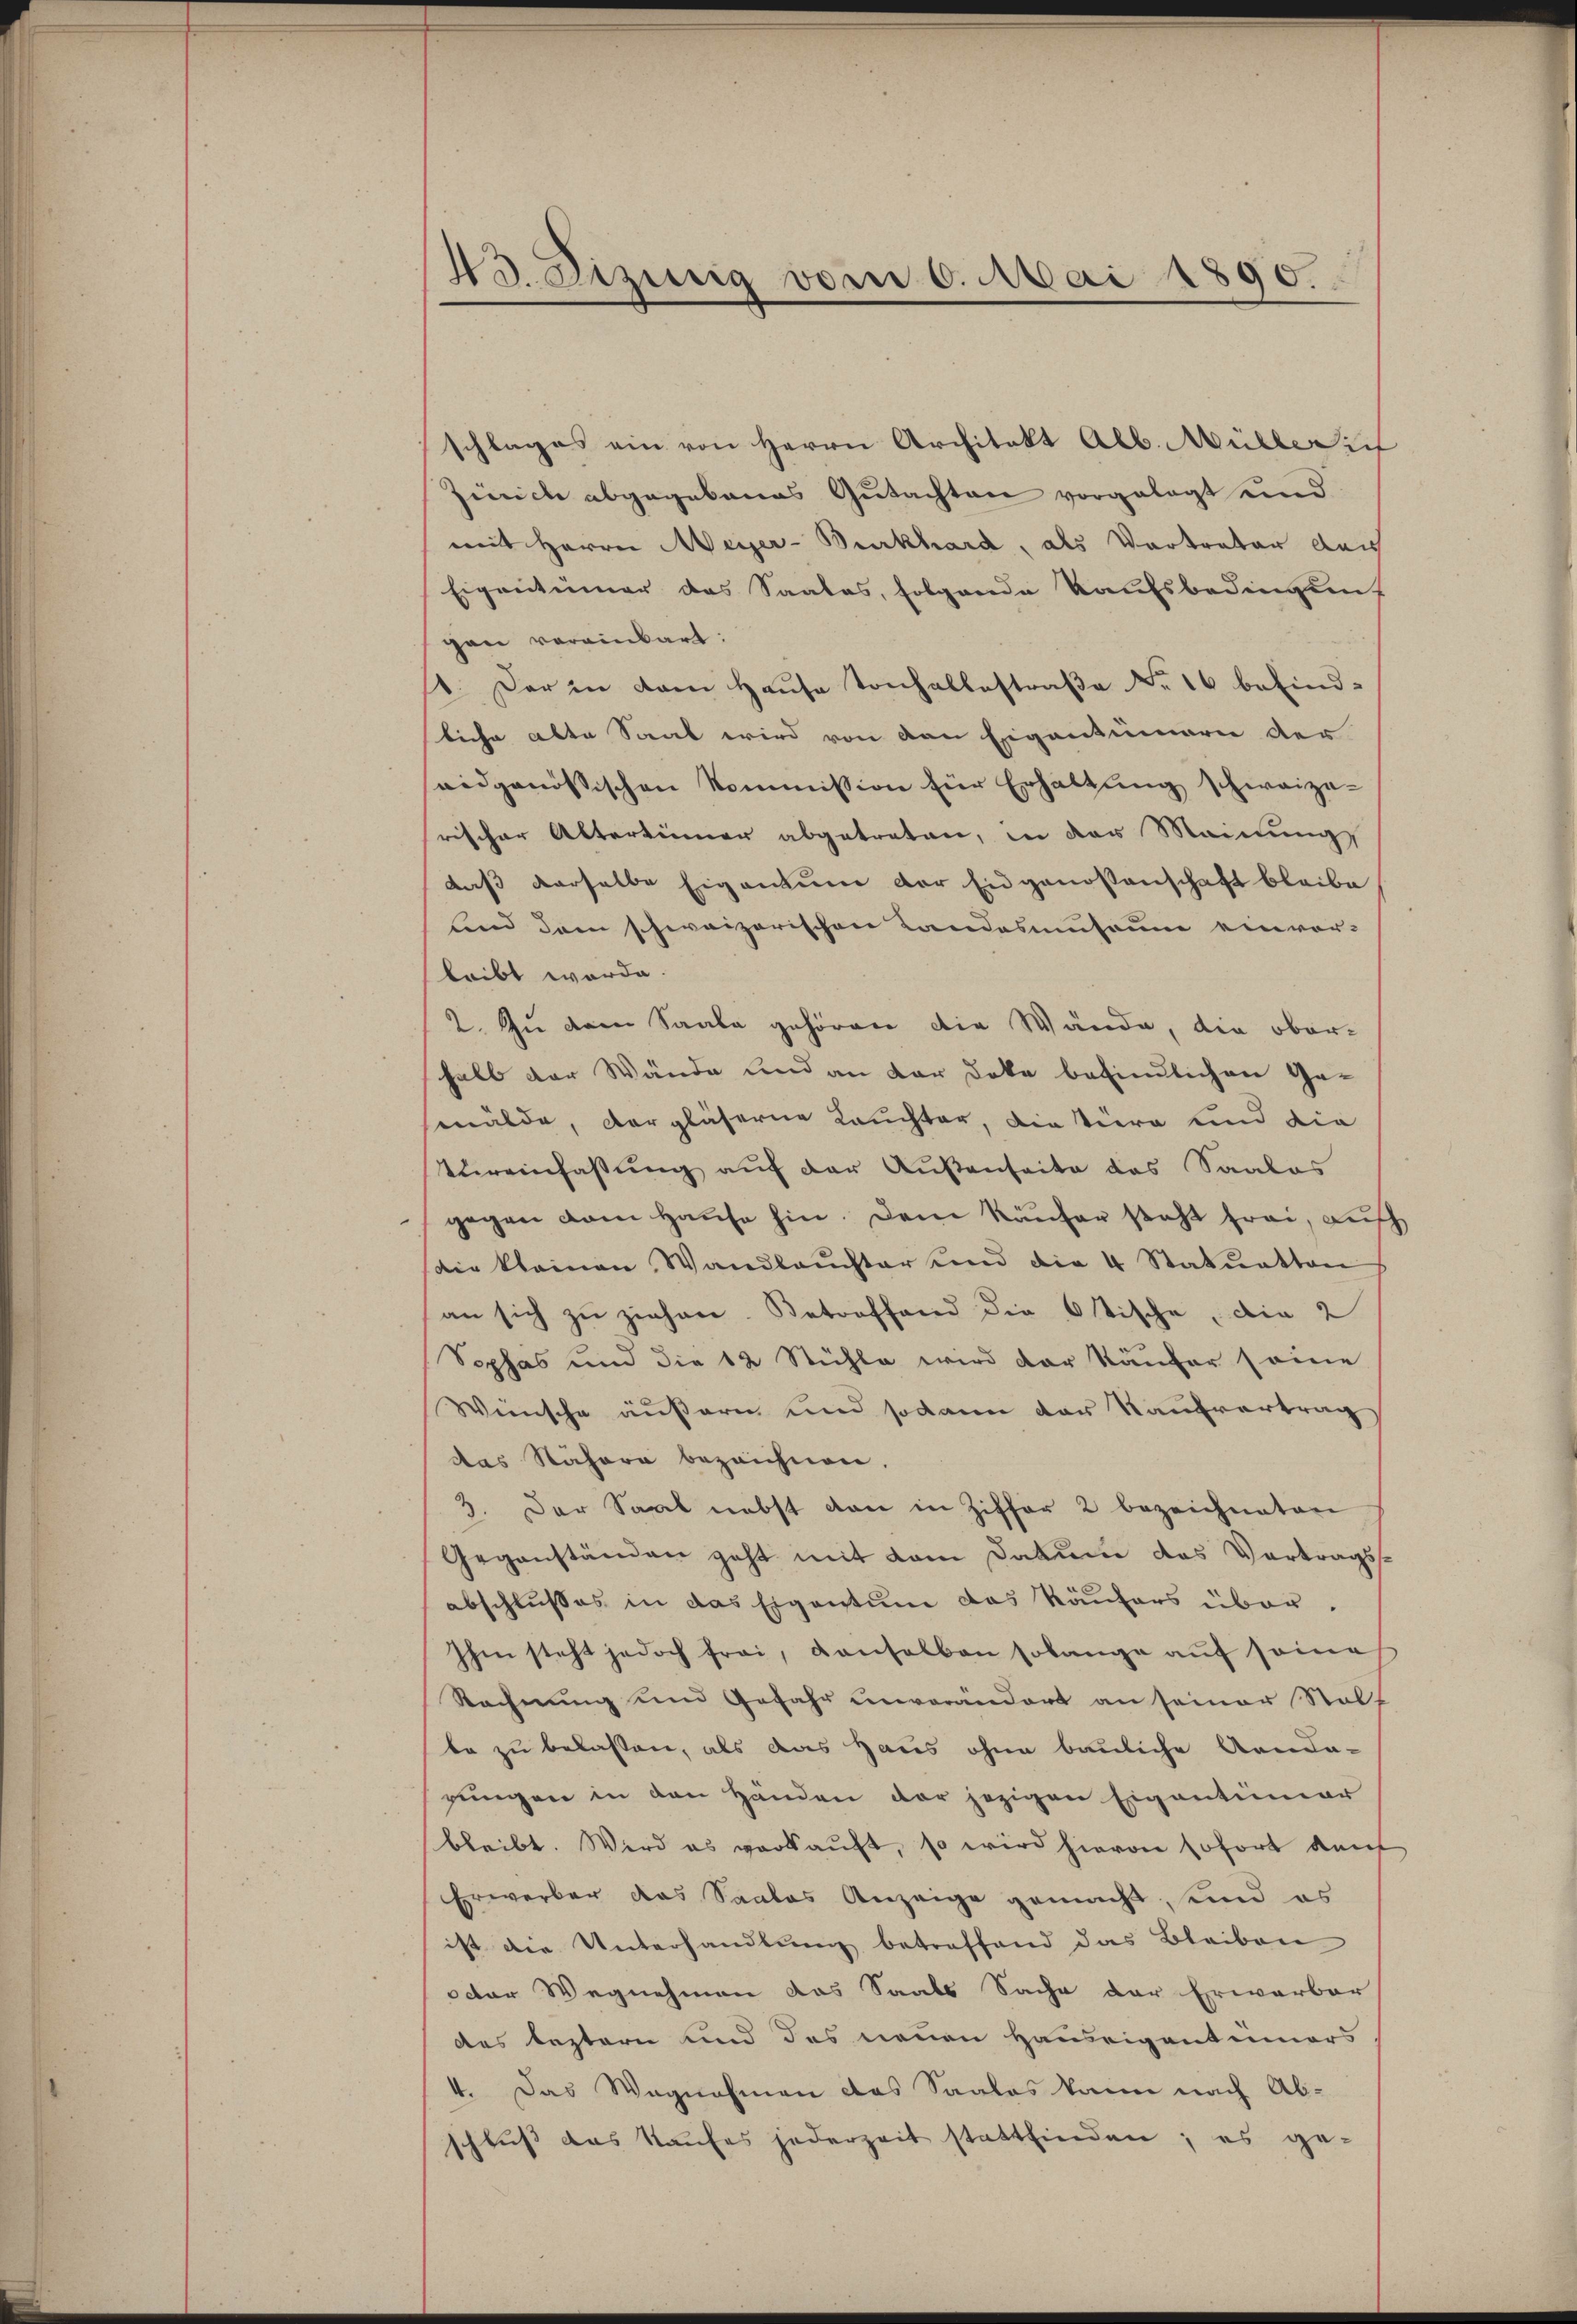
43. Fizinig vom 6. Mai 1890.

schlages ein von Herrn Architekt Alb. Müller in
Zürich abgegebenes Gutachten vorgelegt und
mit Herrn Meyer-Burkhard, als Vortrater durch
Eigentümer das Saales, folgende Kaufsbedingung
gen vereinbart:
1. Der in dem Hause Tonhalbestraße Nr. 16 befind-
liche alte Saat wird von den Eigentümern der
eidgenössischen Kommission für Erhaltung schweize-
rischer Altertümer abgetreten, in der Meinung
daß derselbe Eigentum der Eidgenossenschaft bleibe
sind dem schweizerischen Landossaum einvor-
leibt werde.
2. Zu dem Saale gehören die Wände, die oberhalb der Wände und an der Doke befindlichen Ge-
mälde, dergläserne Lauchter, die Vera und die
Vüreinfassung auf der Außenseite das Saales
gegen vom Hause hin. Dem Käufer steht frei, Luth
aie kleinen Wandleŭchter und die 4 Statŭatten
an sich zu ziehen. Betreffend die Ostische, die 2
Sophas und die 12 Stühle wird der Käufer seine
Wünsche äußern und sodann der Kaŭfvertrag
das Nähere bezeichnen.
3. Der Saat nebst dan in Ziffer 2 bezeichneten
Gegenständen geht mit dem Datum das Vortragsabschlußes in das Eigentum das Käufers über.
Ihm steht jedoch frei, denselben solange auf seine
Rechnung und Gefahr unverändert an seiner Statt
be zu belassen, als das Haus ohne bauliche Aenda-
gungen in den Händen der jezigen Eigentümer
bleibt. Wird es verkaŭft, so wird hievon sofort kauf
Erwerber das Saales Anzeige gemacht, und es
ist die Unterhandlung betreffend das Bleiben
ctor Wegnehmen das Saals Sache der Erwarber
des leztern und des neuen Hausrigentummers
4. Das Wagnahmen das Saales kann nach Abschluß das Kaufes jederzeit stattfinden; es ge-